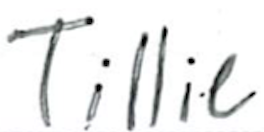
Text: Tillie
Cross-out: clean
Writing tool: ballpoint